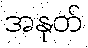
အနုတ်